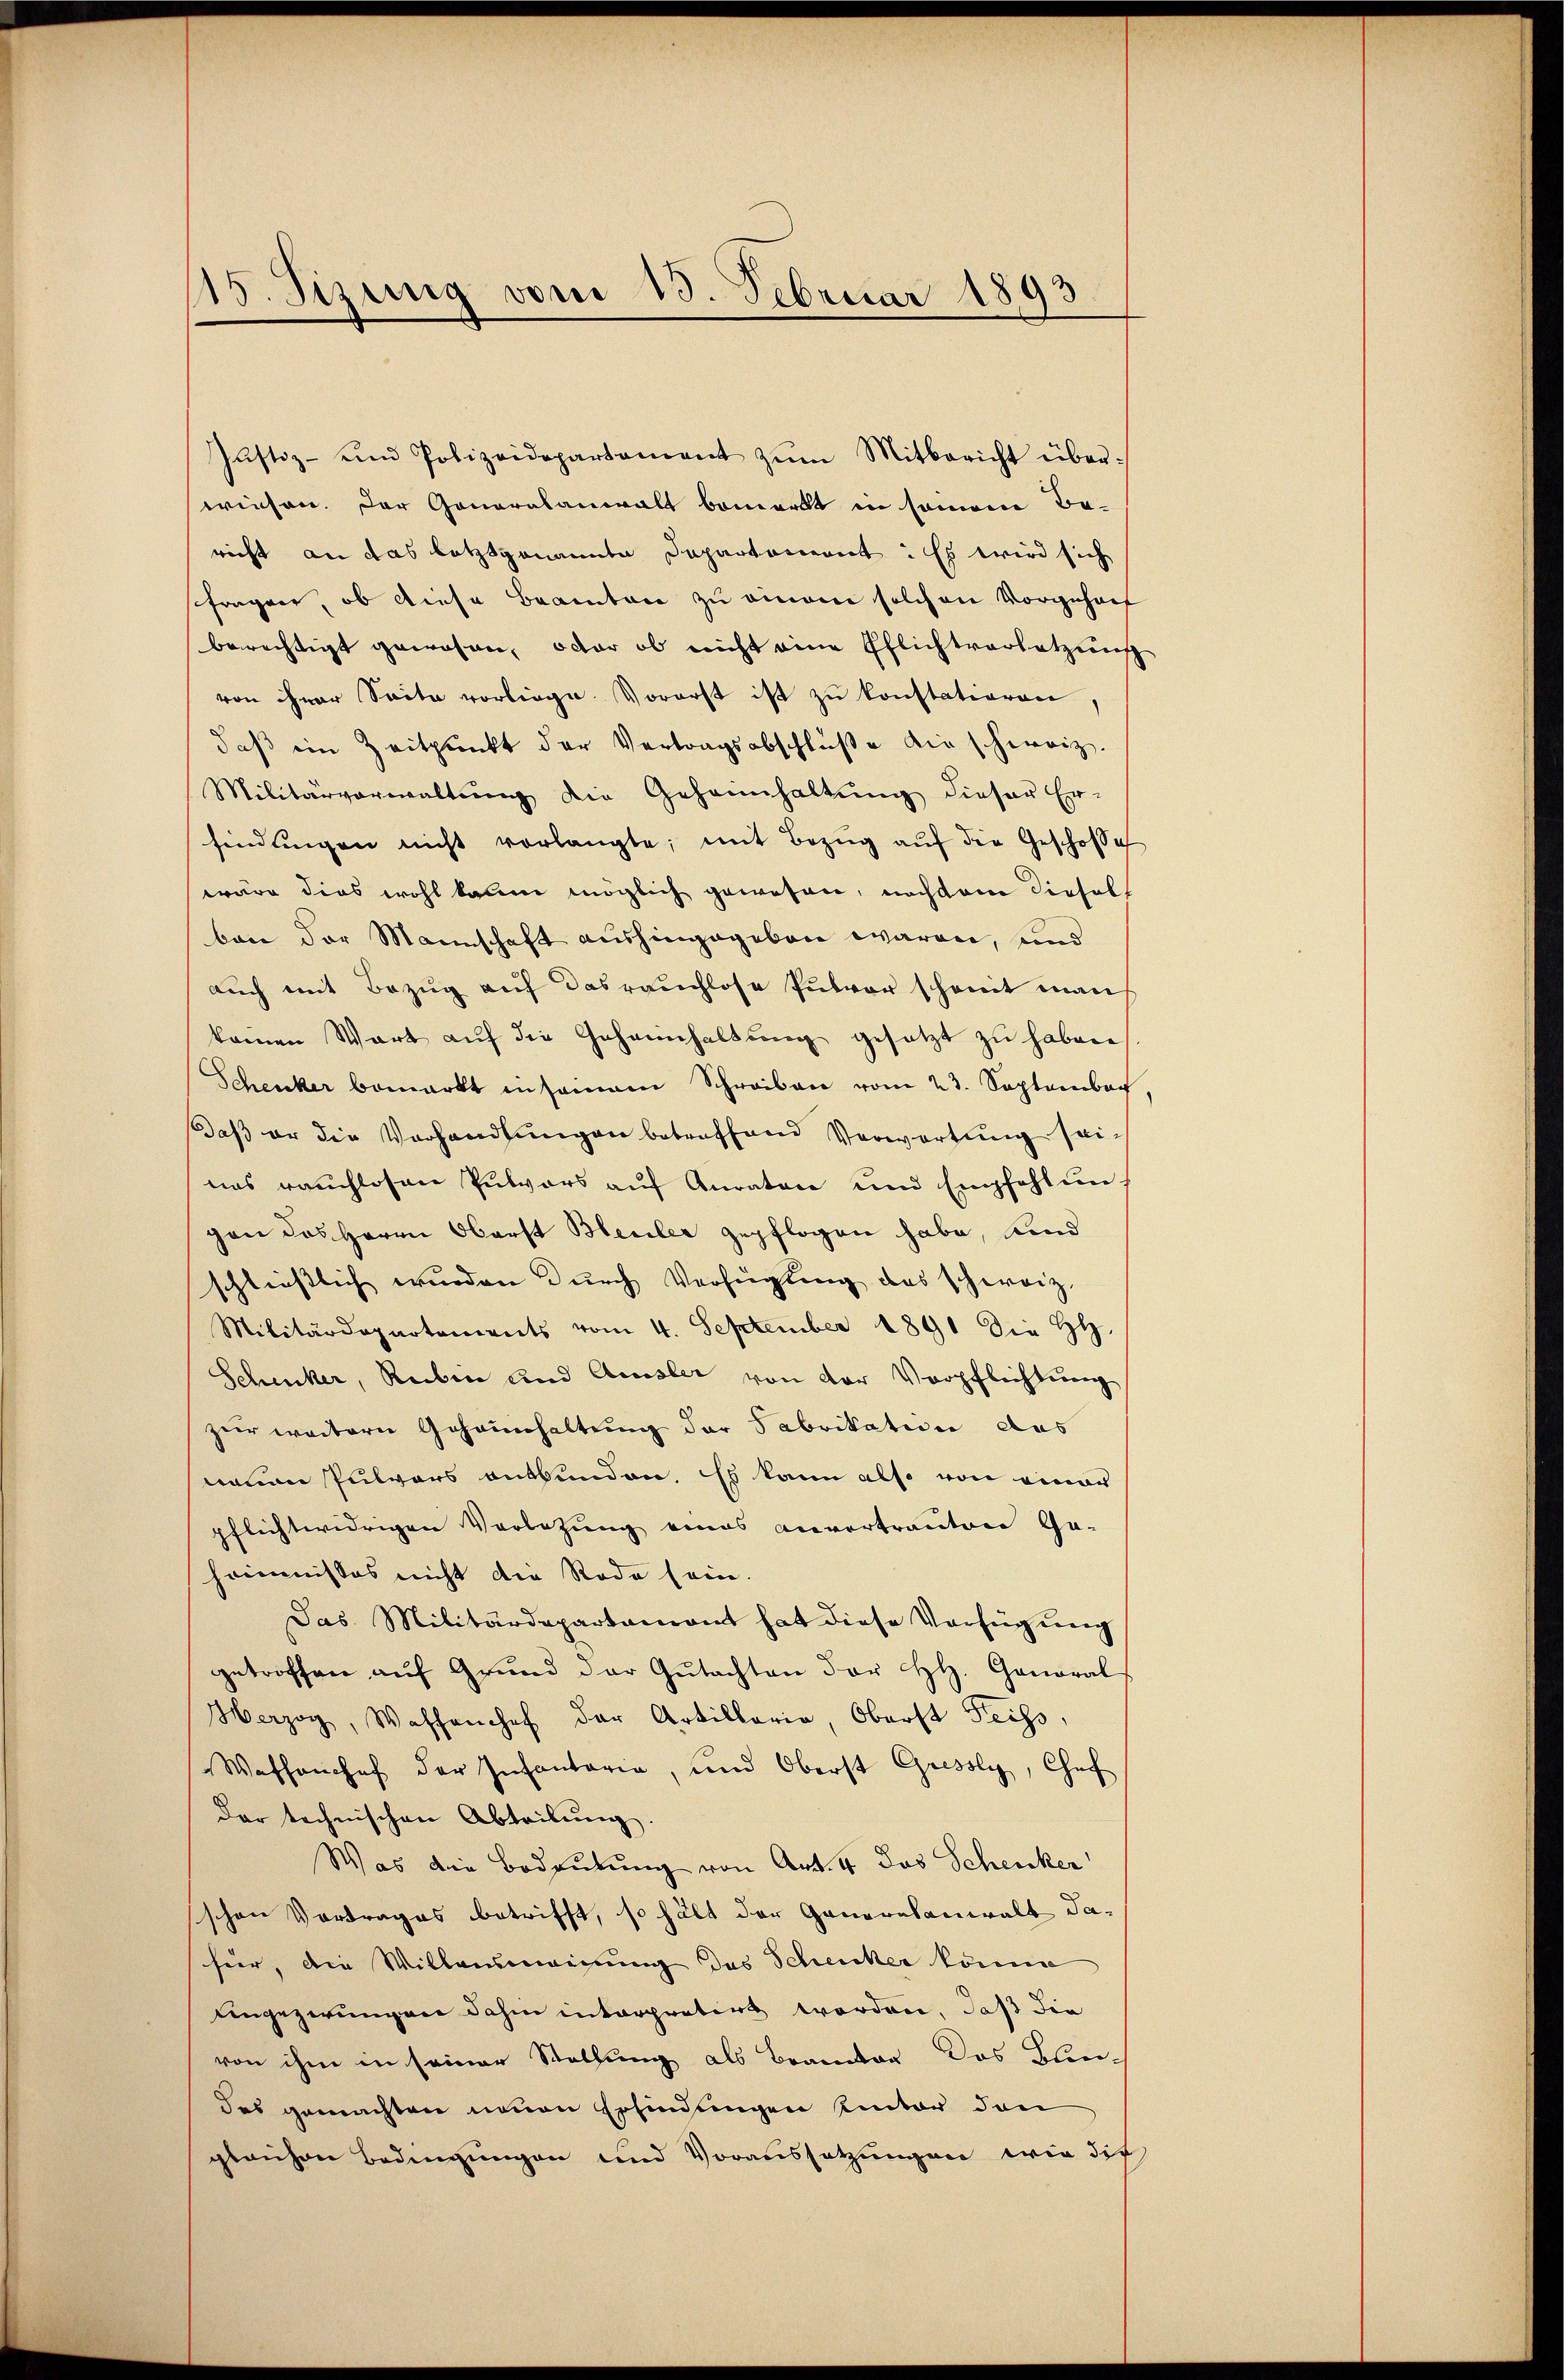
15. Sizung vom 13. Februar 1893

Justiz- und Polizeidepartement zŭm Mitbericht überwiesen. Der Generalanwalt bemerkt in seinem Be-
richt an das letztgenannte Departement: Es wird sich
fragen, ob diese Beamten zu einem solchen Vorgeholf
berechtigt gewesen, oder ob nicht eine Pflichtverletzung
von ihrer Seite vorliege. Vorerst ist zŭ konstatioren,
daß ein Zeitpunkt der Vertragsabschlüße die schweiz.
Militärverwaltŭng die Geheimhaltŭng dieser Er-
findŭngen nicht vorlangte, mit Bezŭg aŭf die Geschose
wäre dies wohl kaum möglich gewesen, nachdem diesell
ban der Mannschaft aushingegeben waren, und
auch mit Bezug auf das rauchlose Pulver schont man
keinen Wart aŭf die Geheimhaltung gesetzt zu haben
Schenker bemerkt in sammen Schreiben vom 23. September
daβ er die Vorhandlŭngen betreffend Verwartung seinas rauchlosen Pulvors auf Anraten und Empfehlungen das Herrn Oberst Bleuler gepflogen habe, und
schließlich wurden durch Verfügung des schweiz,
Militärdepartements vom 4. September 1891 die HH
Schicker, Reiben und Amsler von der Verpflichtung
zur weitern Geheimhaltung der Fabrikation das
neuen Pulvers entbunden. Es kann also von einer
pflichtwidrigen Vorletzung eines anvertrauten Ge-
hommissos nicht die Rode sein.
Jas Militärdepartamant hat diese Verfügung
getroffen aŭf Grŭnd der Gŭtachten dor Hl. Ganoral
Herzog, Wassanchef der Artillaria, Oberst Heiss,
Washenchef der Infantaria, und Oberst Gressly, Chef
dar technischen Abteilŭng.
Was die Bedeutung von Art. 4 das Schenker
schen Vortrages betrifft, so hält der Generesanwalt dafür, die Willensmainung das Scheicker könne
Eingezerungen dahin interpretirt worden, daß die
von ihm in seiner Stellung als Beamter das Blen-
des gemachten neuen Erfindungen unter den
gleichen Bedingungen und Voraussetzungen wie die